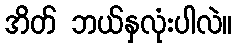
အိတ် ဘယ်နှလုံးပါလဲ။